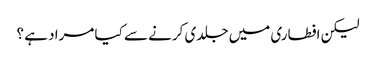
لیکن افطاری میں جلدی کرنے سے کیا مراد ہے ؟